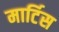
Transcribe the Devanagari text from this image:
मार्टिस